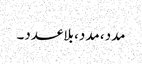
مدد، مدد، بلاعدد۔